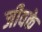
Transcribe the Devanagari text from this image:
जीवके